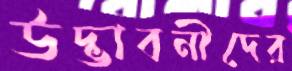
উদ্ভাবনীদের